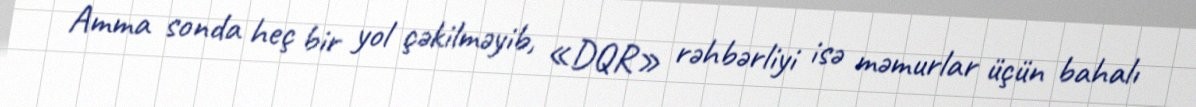
Amma sonda heç bir yol çəkilməyib, «DQR» rəhbərliyi isə məmurlar üçün bahalı